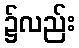
၌လည်း